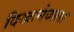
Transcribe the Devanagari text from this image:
दिखानेवाला